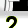
Digit: 2